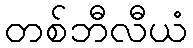
တစ်ဘီလီယံ